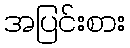
အပြင်းစား